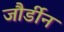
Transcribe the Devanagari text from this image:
जौर्डीन